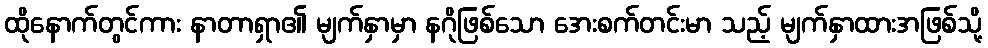
ထိုနောက်တွင်ကား နာတာရှာ၏ မျက်နှာမှာ နဂိုဖြစ်သော အေးစက်တင်းမာ သည့် မျက်နှာထားအဖြစ်သို့